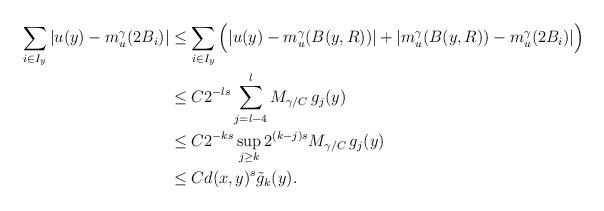
LaTeX: \begin{align*}\begin{aligned}\sum_{i\in I_y}|u(y)-m^\gamma_u(2B_i)|&\le\sum_{i\in I_y}\Big(|u(y)-m^\gamma_u(B(y,R))|+|m^\gamma_u(B(y,R))-m^\gamma_u(2B_i)|\Big)\\&\le C2^{-ls}\sum_{j=l-4}^l M_{\gamma/C}\,g_j(y)\\&\le C2^{-ks}\sup_{j\ge k} 2^{(k-j)s}M_{\gamma/C}\,g_j(y)\\&\le Cd(x,y)^s\tilde g_k(y).\end{aligned}\end{align*}